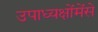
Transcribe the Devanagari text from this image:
उपाध्यक्षोंमेंसे